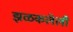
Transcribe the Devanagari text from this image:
झळकलेली